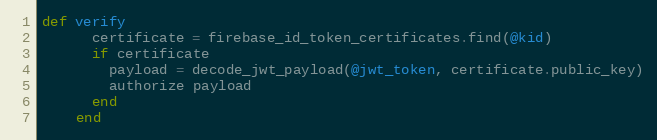
Language: Ruby
def verify
      certificate = firebase_id_token_certificates.find(@kid)
      if certificate
        payload = decode_jwt_payload(@jwt_token, certificate.public_key)
        authorize payload
      end
    end